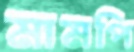
মামপি